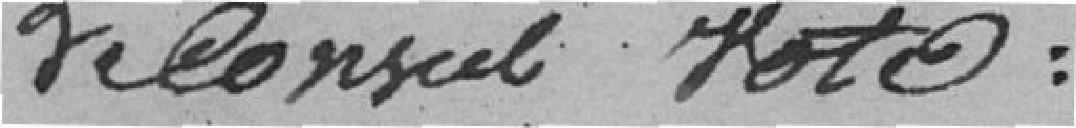
le conseil vote :